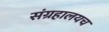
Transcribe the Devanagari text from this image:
संग्रहालयच